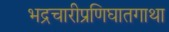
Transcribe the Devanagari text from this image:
भद्रचारीप्रणिघातगाथा